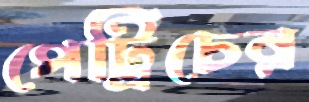
পেট্রিচের